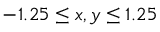
- 1 . 2 5 \leq x , y \leq 1 . 2 5